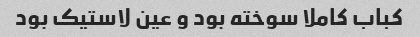
کباب کاملا سوخته بود و عین لاستیک بود